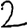
Digit: 2